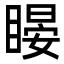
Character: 䁙